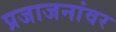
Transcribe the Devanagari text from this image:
प्रजाजनांवर